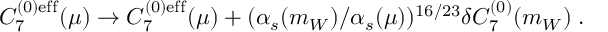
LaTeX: C _ { 7 } ^ { ( 0 ) \mathrm { e f f } } ( \mu ) \rightarrow C _ { 7 } ^ { ( 0 ) \mathrm { e f f } } ( \mu ) + ( \alpha _ { s } ( m _ { W } ) / \alpha _ { s } ( \mu ) ) ^ { 1 6 / 2 3 } \delta C _ { 7 } ^ { ( 0 ) } ( m _ { W } ) \; .